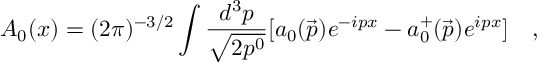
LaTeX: A _ { 0 } ( x ) = ( 2 \pi ) ^ { - 3 / 2 } \int \frac { d ^ { 3 } p } { \sqrt { 2 p ^ { 0 } } } [ a _ { 0 } ( \vec { p } ) e ^ { - i p x } - a _ { 0 } ^ { + } ( \vec { p } ) e ^ { i p x } ] \quad ,